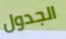
الجدول